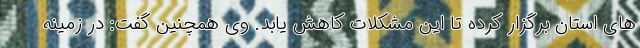
های استان برگزار کرده تا این مشکلات کاهش یابد. وی همچنین گفت: در زمینه